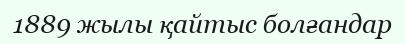
1889 жылы қайтыс болғандар